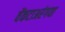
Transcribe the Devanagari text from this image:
वेंकटाअरंगया